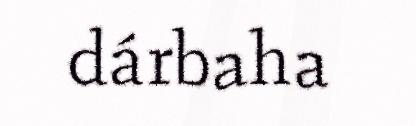
dárbaha